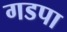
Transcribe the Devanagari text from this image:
गडपा